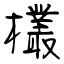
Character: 欉